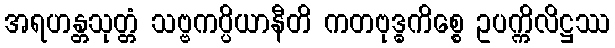
အရဟန္တသုတ္တံ သဗ္ဗကပ္ပိယာနီတိ ကတဗုဒ္ဓကိစ္စေ ဥပက္ကိလိဋ္ဌဿ